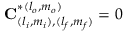
\mathbf { C } _ { ( l _ { i } , m _ { i } ) , ( l _ { f } , m _ { f } ) } ^ { * ( l _ { o } , m _ { o } ) } = 0